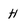
Character: H